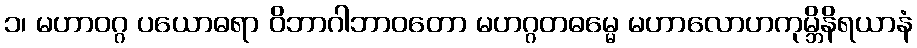
၁၊ မဟာဝဂ္ဂ ပယောဓရာ ဝိဘာဂါဘာဝတော မဟဂ္ဂတဓမ္မေ မဟာလောဟကုမ္ဘိနိရယာနံ